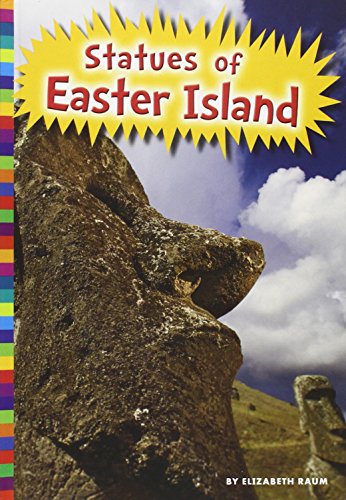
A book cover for Statues of Easter Island (Ancient Wonders); Elizabeth Raum; Children's Books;